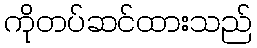
ကိုတပ်ဆင်ထားသည်